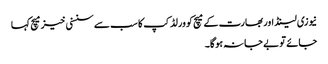
نیوزی لینڈ اور بھارت کے میچ کو ورلڈ کپ کا سب سے سنسنی خیز میچ کہا
جائے تو بے جا نہ ہوگا۔